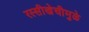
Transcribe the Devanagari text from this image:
रस्सीखेचीमुळे